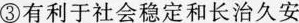
③有利于社会稳定和长治久安